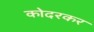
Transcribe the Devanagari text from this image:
कोदरकर